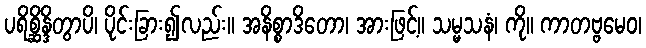
ပရိစ္ဆိန္ဒိတွာပိ၊ ပိုင်းခြား၍လည်း။ အနိစ္စာဒိတော၊ အားဖြင့်။ သမ္မသနံ၊ ကို။ ကာတဗ္ဗမေဝ၊